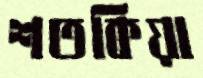
শতকিয়া